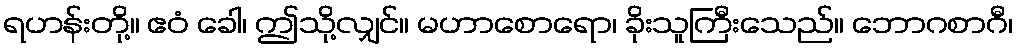
ရဟန်းတို့။ ဧဝံ ခေါ၊ ဤသို့လျှင်။ မဟာစောရော၊ ခိုးသူကြီးသေည်။ ဘောဂစာဂီ၊